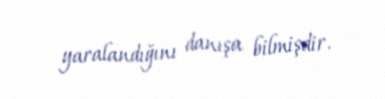
yaralandığını danışa bilmişdir.